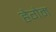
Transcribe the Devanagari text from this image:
हेगेम